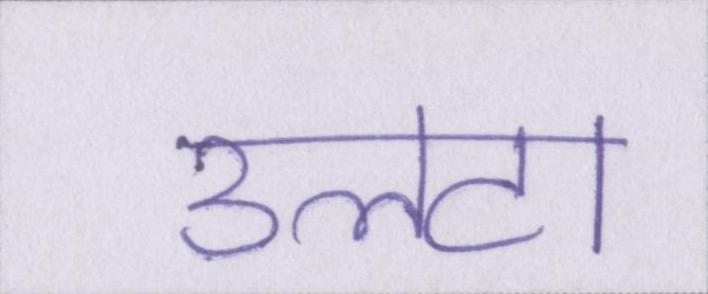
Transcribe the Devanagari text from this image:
उलटा